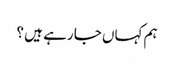
ہم کہاں جا رہے ہیں ؟